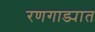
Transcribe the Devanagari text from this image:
रणगाड्यात